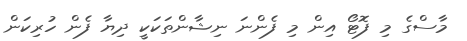
މާސްގެ މި ފޮޓޯ އިން މި ފެންނަ ނިޝާންތަކަކީ ދިޔާ ފެން ހުރިކަން